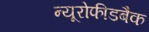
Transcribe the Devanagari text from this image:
न्यूरोफीडबैक